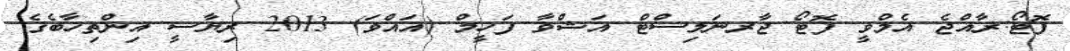
ފޮޓޯ:ރާއްޖެ އެމްވީ ފޮޓޯ ޖާރނަލިސްޓް އަޝްވާ ފަހީމް (އައްވަ) 2013 ރިޔާސީ އިންތިހާބެގެ